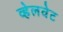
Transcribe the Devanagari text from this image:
व्हेलवेट